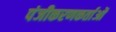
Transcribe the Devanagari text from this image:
पंजीकरणकर्ताओं